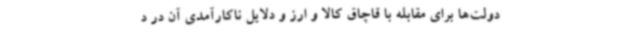
دولت‌ها برای مقابله با قاچاق کالا و ارز و دلایل ناکارآمدی آن در د